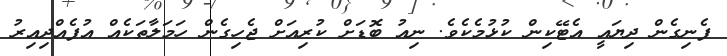
ފެނިގެން ދިޔައީ އެޓޭކިން ކުޅުމެކެވެ. ނިއު ބޮޑަށް ކުރިއަށް ޖެހިގެން ހަމަލާތަކެއް އުފެއްދިއިރު